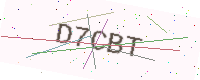
Text: D7CBT